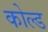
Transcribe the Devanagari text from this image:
कोल्‍ड